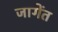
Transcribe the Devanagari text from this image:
जागेंत